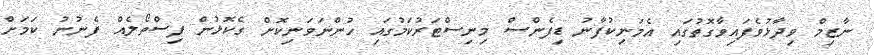
ނާޒިމް ވިދާޅުވެފައިވާގޮތުގައި އެމަނިކުފާނު ޑިފެންސް މިނިސްޓަރުކަމުގައި ހުންނަވަނިކޮށް ގެކޮޅުން ފިސްތޯލެއް ފެނުނު ކަމަށް